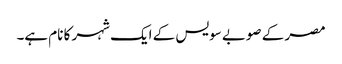
مصر کے صوبے سویس کے ایک شہر کا نام ہے۔